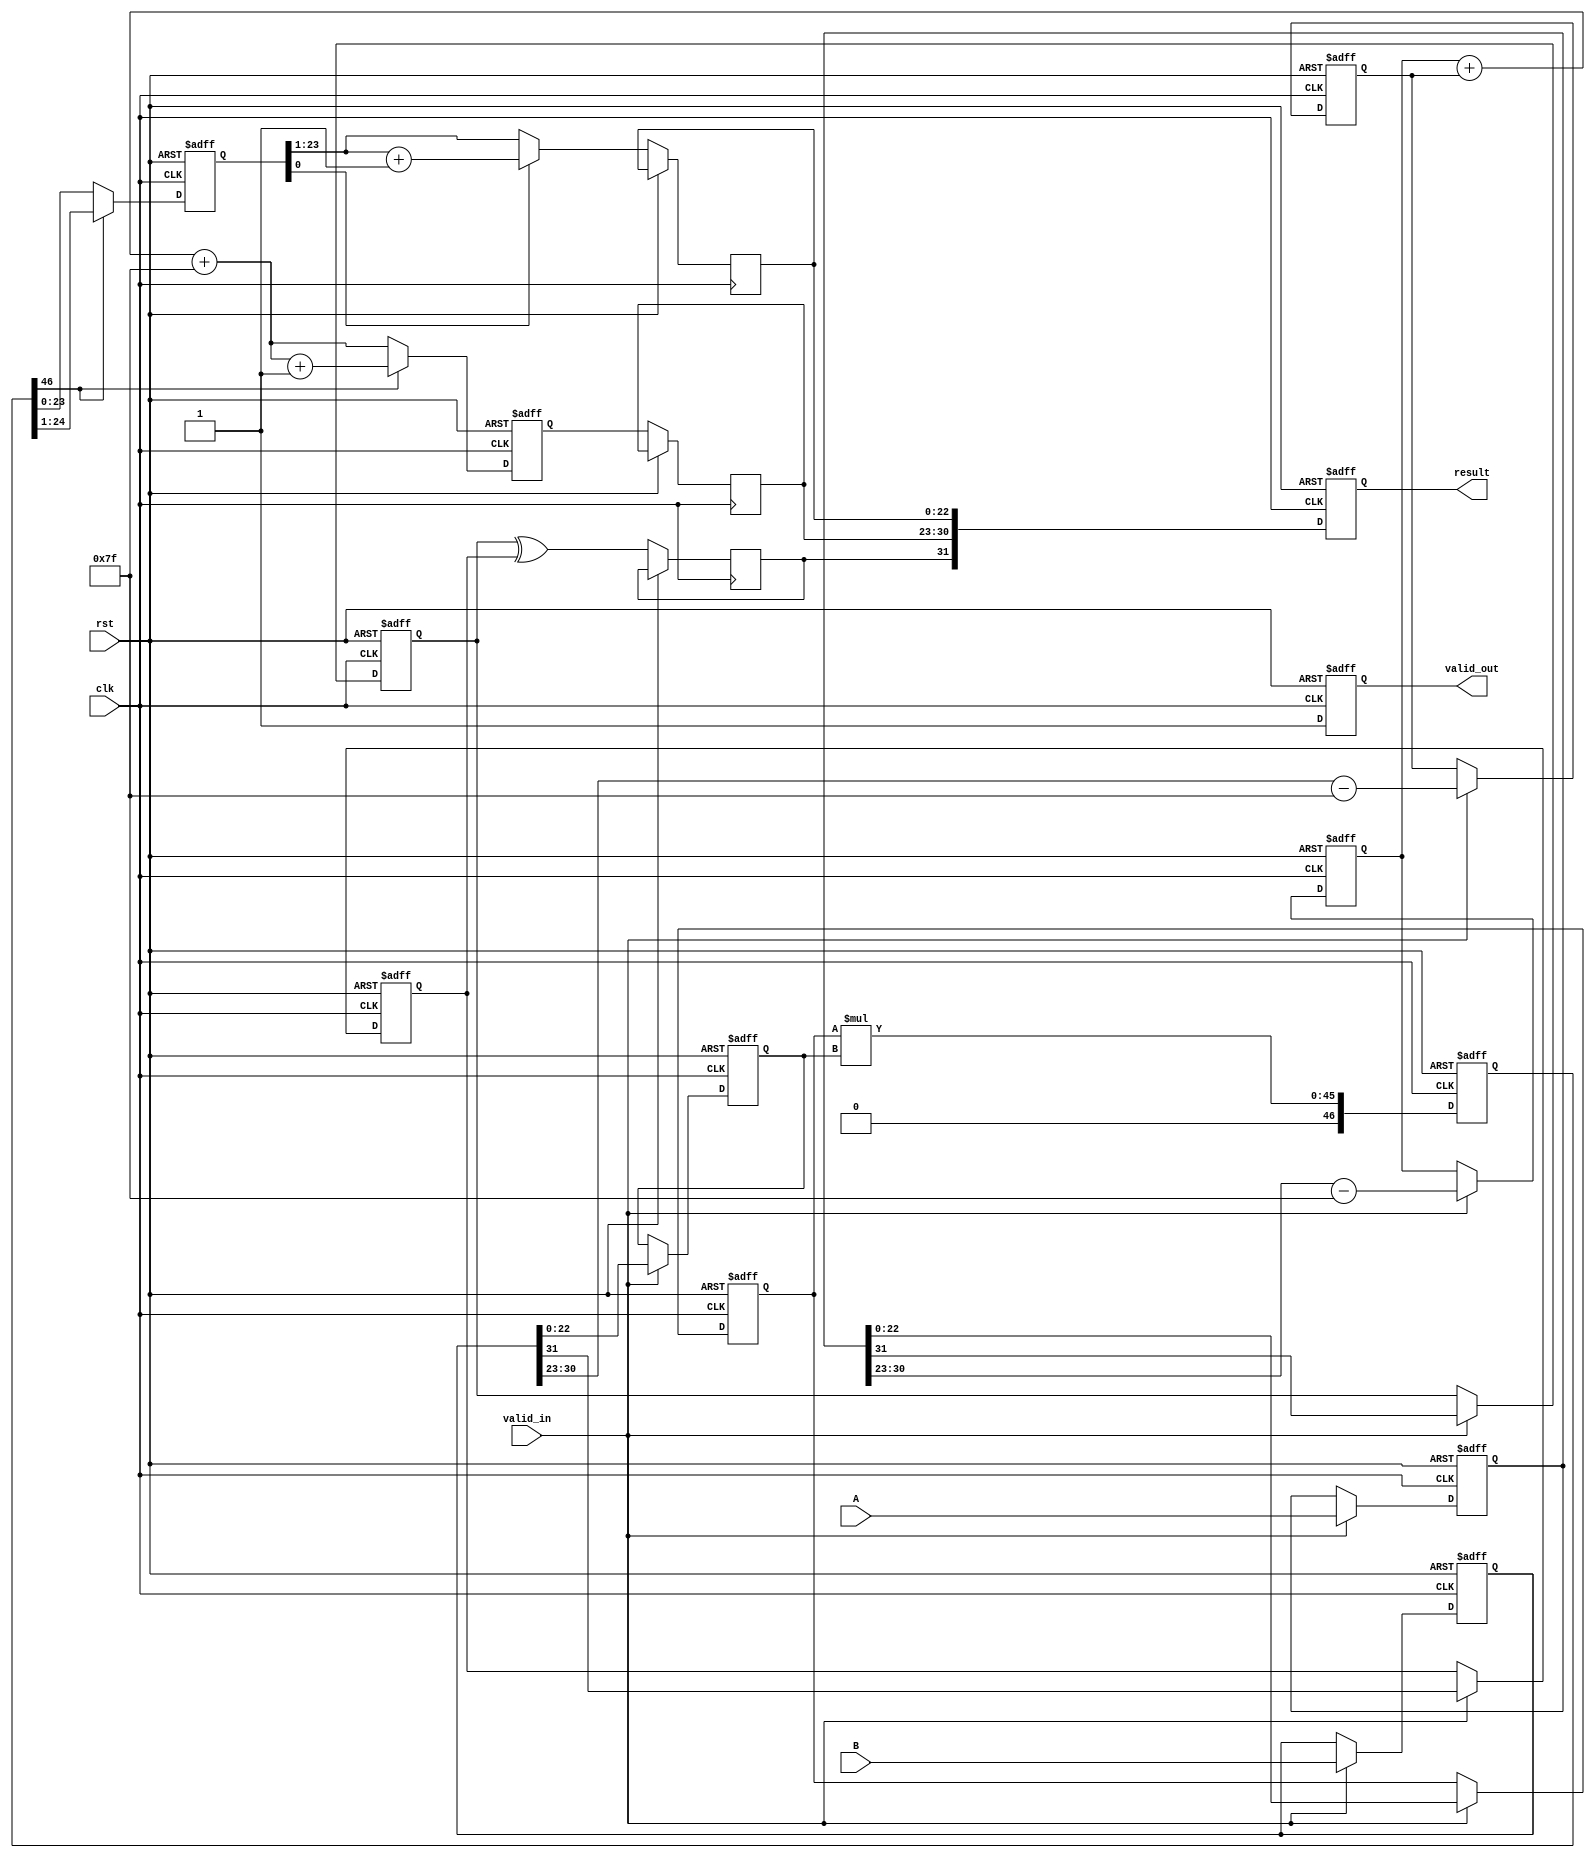
module pipelined_fp_multiplier (
    input wire clk,
    input wire rst,
    input wire valid_in,
    input wire [31:0] A,
    input wire [31:0] B,
    output reg valid_out,
    output reg [31:0] result
);

    // Pipeline registers
    reg [31:0] A_reg, B_reg;
    reg sign_a, sign_b, sign_result;
    reg [7:0] exp_a, exp_b, exp_result;
    reg [22:0] mant_a, mant_b;
    reg [46:0] mant_product;
    reg [46:0] mant_norm;
    reg [7:0] exp_norm;
    reg [22:0] mant_final;

    // Stage 1: Input and Decomposition
    always @(posedge clk or posedge rst) begin
        if (rst) begin
            A_reg <= 0;
            B_reg <= 0;
        end else if (valid_in) begin
            A_reg <= A;
            B_reg <= B;
        end
    end

    // Stage 2: Sign and Exponent Calculation
    always @(posedge clk or posedge rst) begin
        if (rst) begin
            sign_a <= 0;
            sign_b <= 0;
            exp_a <= 0;
            exp_b <= 0;
            mant_a <= 0;
            mant_b <= 0;
        end else if (valid_in) begin
            sign_a <= A_reg[31];
            sign_b <= B_reg[31];
            exp_a <= A_reg[30:23] - 8'd127; // Remove bias
            exp_b <= B_reg[30:23] - 8'd127; // Remove bias
            mant_a <= {1'b1, A_reg[22:0]}; // Implicit leading 1
            mant_b <= {1'b1, B_reg[22:0]}; // Implicit leading 1
        end
    end

    // Stage 3: Mantissa Multiplication
    always @(posedge clk or posedge rst) begin
        if (rst) begin
            mant_product <= 0;
        end else begin
            mant_product <= mant_a * mant_b; // Multiply mantissas
        end
    end

    // Stage 4: Normalization
    always @(posedge clk or posedge rst) begin
        if (rst) begin
            mant_norm <= 0;
            exp_norm <= 0;
        end else begin
            if (mant_product[46]) begin
                mant_norm <= mant_product[46:1]; // Shift right if leading bit is 1
                exp_norm <= exp_a + exp_b + 8'd127 + 1; // Increment exponent
            end else begin
                mant_norm <= mant_product; // No shift needed
                exp_norm <= exp_a + exp_b + 8'd127; // No increment
            end
        end
    end

    // Stage 5: Rounding and Output Assembly
    always @(posedge clk or posedge rst) begin
        if (rst) begin
            valid_out <= 0;
            result <= 0;
        end else begin
            // Rounding logic
            if (mant_norm[0]) begin // Check if we need to round
                mant_final <= mant_norm[46:1] + 1; // Round up
            end else begin
                mant_final <= mant_norm[46:1]; // No rounding
            end
            
            // Assemble final result
            sign_result <= sign_a ^ sign_b;
            exp_result <= exp_norm;
            result <= {sign_result, exp_result[7:0], mant_final[22:0]};
            valid_out <= 1; // Indicate result is valid
        end
    end

endmodule